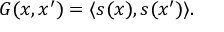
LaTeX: G ( x , x ^ { \prime } ) = \langle s ( x ) , s ( x ^ { \prime } ) \rangle .